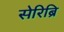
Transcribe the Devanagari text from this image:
सेरिब्रि